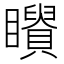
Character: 𥌶